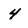
Character: 4